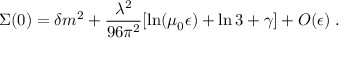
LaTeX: \Sigma ( 0 ) = \delta m ^ { 2 } + \frac { \lambda ^ { 2 } } { 9 6 \pi ^ { 2 } } [ \ln ( \mu _ { 0 } \epsilon ) + \ln 3 + \gamma ] + { \cal O } ( \epsilon ) \; .